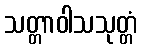
သတ္တာဝါသသုတ္တံ